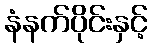
နံနက်ပိုင်းနှင့်